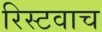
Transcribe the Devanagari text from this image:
रिस्टवाच